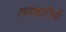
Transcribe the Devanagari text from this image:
लयकारियों